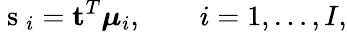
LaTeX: \mathrm{~s~}_{i}=\mathbf{t}^{T}\boldsymbol{\mu}_{i},\qquad i=1,\ldots,I,